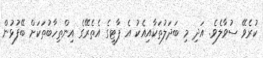
ކުރެވޭ ސުވާލެެވެ. އަދި މި ބަދަލުތަކާއިއެކު އެ ޕާޓީގެ އެތެރޭގެ އިންތިހާބުތަކަށް ބޭފުޅުން